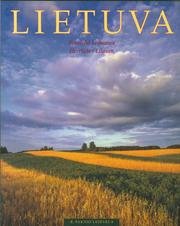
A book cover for Lietuva: Beautiful Lithuania; R. / Baltenas, A Paknys; Travel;